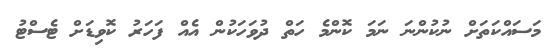
މަސައްކަތަށް ނުކުންނަ ނަމަ ކޮންމެ ހަތް ދުވަހަކުން އެއް ފަހަރު ކޮވިޑަށް ޓެސްޓު